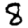
Digit: 8